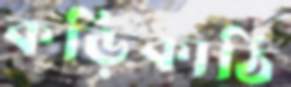
কড়িকাঠি